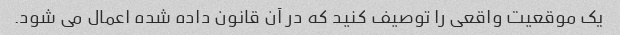
یک موقعیت واقعی را توصیف کنید که در آن قانون داده شده اعمال می شود.